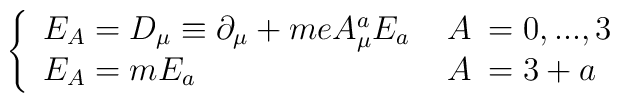
\left\{\begin{array}{lrl}E_A=D_\mu \equiv \partial _\mu +m e A_\mu ^a E_a \; &A\!\!&=0,...,3 \\ E_A=m E_a\quad &A\!\!&=3+a \end{array} \right.